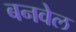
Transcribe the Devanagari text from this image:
बनवेल